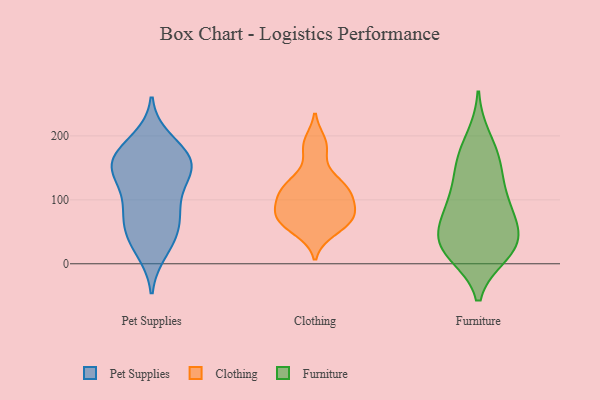
{"axis": {"x": "Waste Production (Tons)", "y": "Value"}, "legend": ["Clothing", "Furniture", "Pet Supplies"], "data": [{"x": "", "y": 141, "type": "Pet Supplies"}, {"x": "", "y": 162, "type": "Pet Supplies"}, {"x": "", "y": 169, "type": "Pet Supplies"}, {"x": "", "y": 35, "type": "Pet Supplies"}, {"x": "", "y": 156, "type": "Pet Supplies"}, {"x": "", "y": 128, "type": "Pet Supplies"}, {"x": "", "y": 43, "type": "Pet Supplies"}, {"x": "", "y": 68, "type": "Pet Supplies"}, {"x": "", "y": 147, "type": "Pet Supplies"}, {"x": "", "y": 95, "type": "Pet Supplies"}, {"x": "", "y": 85, "type": "Pet Supplies"}, {"x": "", "y": 69, "type": "Pet Supplies"}, {"x": "", "y": 174, "type": "Pet Supplies"}, {"x": "", "y": 21, "type": "Pet Supplies"}, {"x": "", "y": 193, "type": "Pet Supplies"}, {"x": "", "y": 153, "type": "Pet Supplies"}, {"x": "", "y": 74, "type": "Clothing"}, {"x": "", "y": 180, "type": "Clothing"}, {"x": "", "y": 73, "type": "Clothing"}, {"x": "", "y": 121, "type": "Clothing"}, {"x": "", "y": 59, "type": "Clothing"}, {"x": "", "y": 190, "type": "Clothing"}, {"x": "", "y": 72, "type": "Clothing"}, {"x": "", "y": 78, "type": "Clothing"}, {"x": "", "y": 97, "type": "Clothing"}, {"x": "", "y": 136, "type": "Clothing"}, {"x": "", "y": 51, "type": "Clothing"}, {"x": "", "y": 117, "type": "Clothing"}, {"x": "", "y": 114, "type": "Clothing"}, {"x": "", "y": 104, "type": "Clothing"}, {"x": "", "y": 104, "type": "Furniture"}, {"x": "", "y": 30, "type": "Furniture"}, {"x": "", "y": 196, "type": "Furniture"}, {"x": "", "y": 154, "type": "Furniture"}, {"x": "", "y": 72, "type": "Furniture"}, {"x": "", "y": 167, "type": "Furniture"}, {"x": "", "y": 16, "type": "Furniture"}, {"x": "", "y": 20, "type": "Furniture"}, {"x": "", "y": 29, "type": "Furniture"}, {"x": "", "y": 83, "type": "Furniture"}, {"x": "", "y": 148, "type": "Furniture"}, {"x": "", "y": 103, "type": "Furniture"}, {"x": "", "y": 33, "type": "Furniture"}, {"x": "", "y": 33, "type": "Furniture"}, {"x": "", "y": 66, "type": "Furniture"}]}